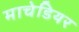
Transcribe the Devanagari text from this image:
माचेडियर